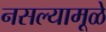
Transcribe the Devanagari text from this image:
नसल्यामूळे